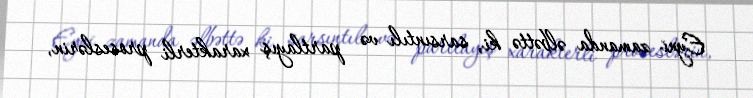
Eyni zamanda əlbəttə ki, sarsıntılı və partlayış xarakterli proseslərin,